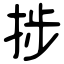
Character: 捗